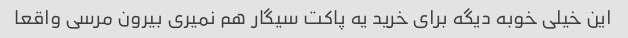
این خیلی خوبه دیگه برای خرید یه پاکت سیگار هم نمیری بیرون مرسی واقعا